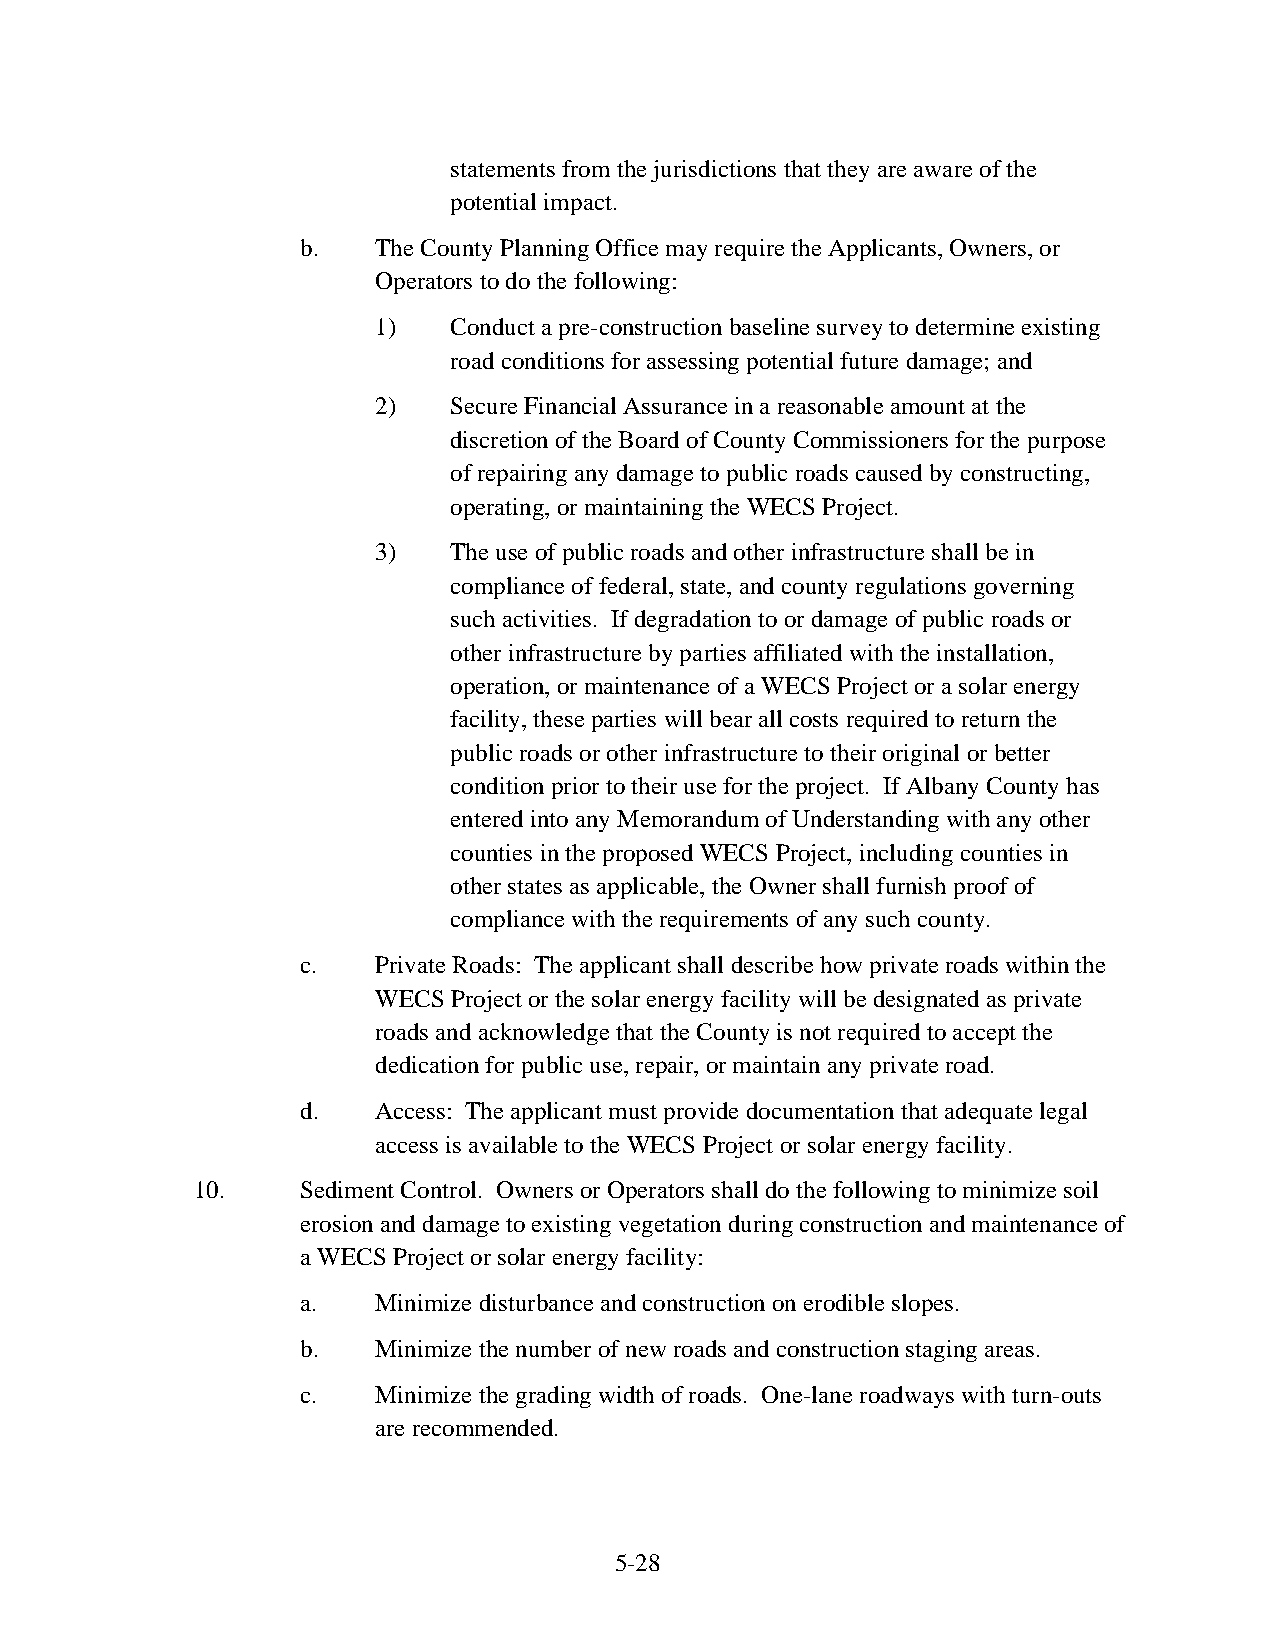
statements from the jurisdictions that they are aware of the
 potential impact.
 b.   The County Planning Office may require the Applicants, Owners, or
 Operators to do the following:
 1)   Conduct a pre-construction baseline survey to determine existing
 road conditions for assessing potential future damage; and
 2)   Secure Financial Assurance in a reasonable amount at the
 discretion of the Board of County Commissioners for the purpose
 of repairing any damage to public roads caused by constructing,
 operating, or maintaining the WECS Project.
 3)   The use of public roads and other infrastructure shall be in
 compliance of federal, state, and county regulations governing
 such activities. If degradation to or damage of public roads or
 other infrastructure by parties affiliated with the installation,
 operation, or maintenance of a WECS Project or a solar energy
 facility, these parties will bear all costs required to return the
 public roads or other infrastructure to their original or better
 condition prior to their use for the project. If Albany County has
 entered into any Memorandum of Understanding with any other
 counties in the proposed WECS Project, including counties in
 other states as applicable, the Owner shall furnish proof of
 compliance with the requirements of any such county.
 c.   Private Roads: The applicant shall describe how private roads within the
 WECS Project or the solar energy facility will be designated as private
 roads and acknowledge that the County is not required to accept the
 dedication for public use, repair, or maintain any private road.
 d.   Access: The applicant must provide documentation that adequate legal
 access is available to the WECS Project or solar energy facility.
 10.    Sediment Control. Owners or Operators shall do the following to minimize soil
 erosion and damage to existing vegetation during construction and maintenance of
 a WECS Project or solar energy facility:
 a.   Minimize disturbance and construction on erodible slopes.
 b.   Minimize the number of new roads and construction staging areas.
 c.   Minimize the grading width of roads. One-lane roadways with turn-outs
 are recommended.
 5-28